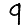
Digit: 9